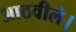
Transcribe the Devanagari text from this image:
आठवीले।